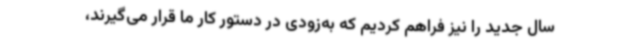
سال جدید را نیز فراهم کردیم که به‌زودی در دستور کار ما قرار می‌گیرند،